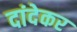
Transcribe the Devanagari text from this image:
दांदेकर